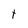
Character: t